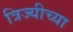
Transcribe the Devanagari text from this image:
त्रिज्यीच्या